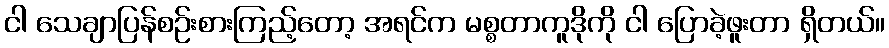
ငါ သေချာပြန်စဉ်းစားကြည့်တော့ အရင်က မစ္စတာကူဒိုကို ငါ ပြောခဲ့ဖူးတာ ရှိတယ်။